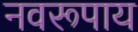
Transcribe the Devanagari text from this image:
नवरूपाय